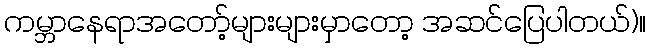
ကမ္ဘာနေရာအတော့်များများမှာတော့ အဆင်ပြေပါတယ်)။